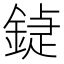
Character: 𨩼